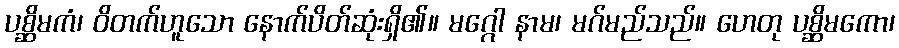
ပစ္ဆိမကံ၊ ဝိတက်ဟူသော နောက်ပိတ်ဆုံးရှိ၏။ မဂ္ဂေါ နာမ၊ မဂ်မည်သည်။ ဟေတု ပစ္ဆိမကော၊